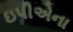
ઇપીએના